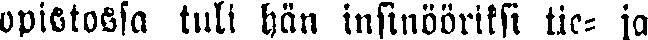
opistossa tuli hän insinööriksi tie- ja